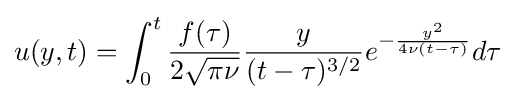
u(y,t)=\int _{0}^{t}{\frac {f(\tau )}{2{\sqrt {\pi \nu }}}}{\frac {y}{(t-\tau )^{3/2}}}e^{-{\frac {y^{2}}{4\nu (t-\tau )}}}d\tau